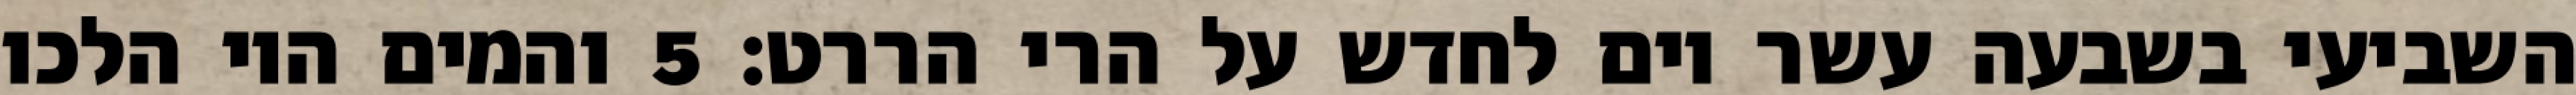
השביעי בשבעה עשר יום לחדש על הרי הררט׃ ‎5‏ והמים היו הלכו